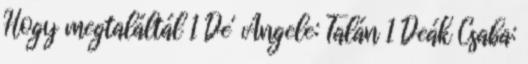
Hogy megtaláltál 1 De' Angele: Talán 1 Deák Csaba: